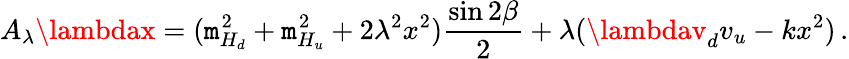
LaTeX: A_{\lambda}\lambdax=(\mathtt{m}_{H_{d}}^{2}+\mathtt{m}_{H_{u}}^{2}+2\lambda^{2}x^{2})\frac{{\sin2\beta}}{{2}}+\lambda(\lambdav_{d}v_{u}-kx^{2})\, .